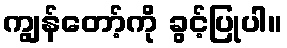
ကျွန်တော့်ကို ခွင့်ပြုပါ။